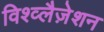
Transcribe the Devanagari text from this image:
विश्व्लैज़ेशन